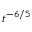
t ^ { - 6 / 5 }